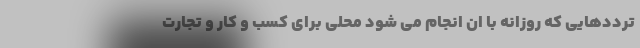
ترددهایی که روزانه با ان انجام می شود محلی برای کسب و کار و تجارت